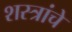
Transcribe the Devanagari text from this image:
शस्‍त्रांचे